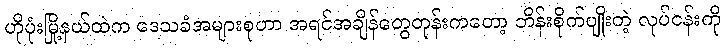
ဟိုပုံးမြို့နယ်ထဲက ဒေသခံအများစုဟာ အရင်အချိန်တွေတုန်းကတော့ ဘိန်းစိုက်ပျိုးတဲ့ လုပ်ငန်းကို